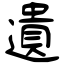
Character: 遺